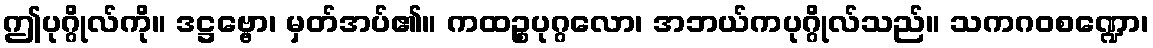
ဤပုဂ္ဂိုလ်ကို။ ဒဋ္ဌဗ္ဗော၊ မှတ်အပ်၏။ ကထဉ္စပုဂ္ဂလော၊ အဘယ်ကပုဂ္ဂိုလ်သည်။ သကဂဝစဏ္ဍော၊